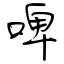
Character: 啤